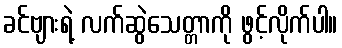
ခင်ဗျားရဲ့ လက်ဆွဲသေတ္တာကို ဖွင့်လိုက်ပါ။